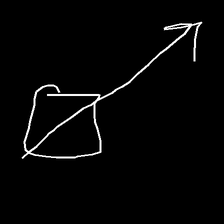
Glyph: focus